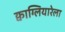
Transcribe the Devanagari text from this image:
क्वाग्लियारेला